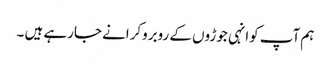
ہم آپ کوانہی جوڑوں کے روبروکرانے جارہے ہیں ۔